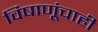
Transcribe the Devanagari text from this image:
विषाणूंचाही